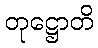
တုဋ္ဌောတိ